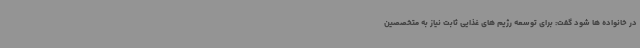
در خانواده ها شود گفت: برای توسعه رژیم های غذایی ثابت نیاز به متخصصین